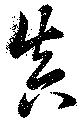
真